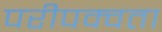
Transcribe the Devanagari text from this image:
परीपक्वता